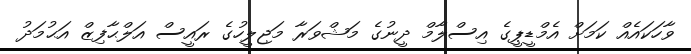
ވާހަކައެއް ކަމަށް އެމްޑީޕީގެ އިސްލާމް ދީނުގެ މަޝްވަރާ މަޖިލީހުގެ ރައީސް އަލްޙާފިޒް އަޙުމަދު